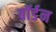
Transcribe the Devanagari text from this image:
बॉर्डन